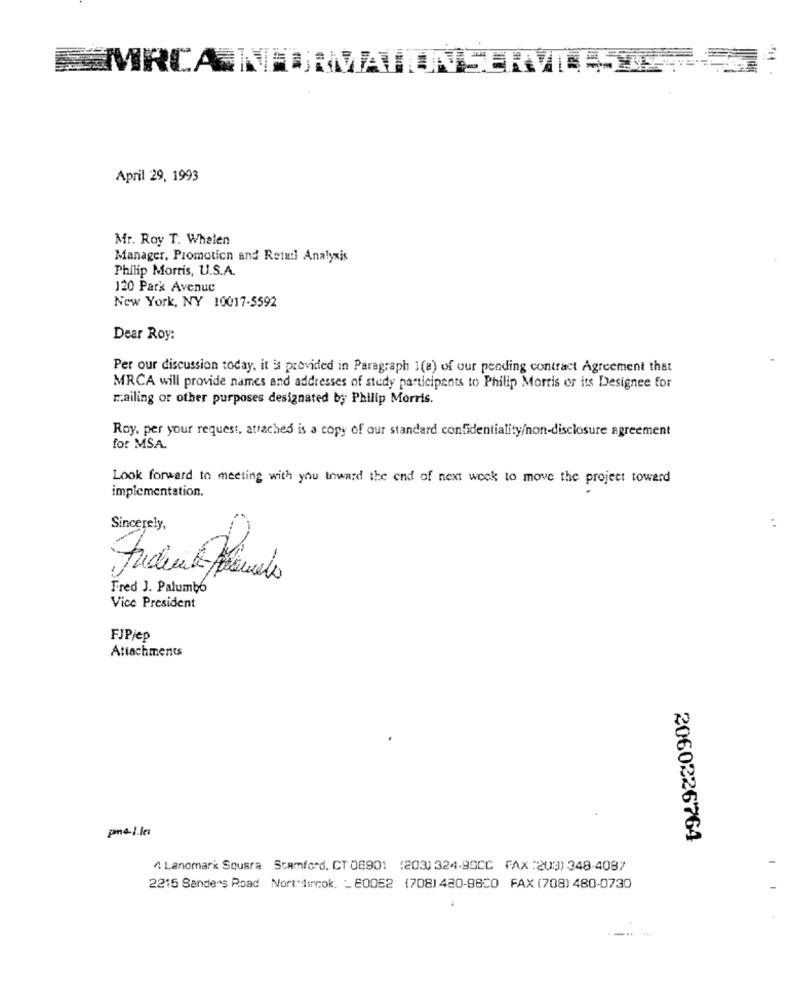
"11
MRCA INFORMATI
HVILE JET-SE
April 29, 1993
Mr. Roy T. Whalen
Manager, Promotion and Retail Analysis
Philip Morris, U.S.A.
120 Park Avenue
New York, NY 10017-5592
Dear Roy:
Per our discussion today, it is provided in Paragraph 1(a) of uur pending contract Agreement that
MRCA will provide names and addresses of stedy participents to Philip Morris or its Designee for
mailing or other purposes designated by Philip Morris.
Roy, per your request, attached is a copy of our standard confidentiality/non-disclosure agreement
for MSA.
Look forward to meeting with you toward the end of next week to move the project toward
implementation.
Sincerely,
Fred J. Palumbo
Vice President
FJPjep
Attachments
2060226764
^ Lanomark Sousra Stamford, CT 08901 (203) 324-95CC FAX :203) 348-4087
2215 Sanders Road Northirnok. _ 60062 (708) 480-98C0 FAX (708) 480-0730